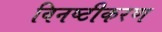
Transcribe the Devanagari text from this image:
विनष्टीकरण